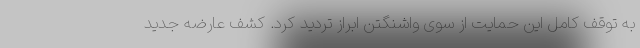
به توقف کامل این حمایت از سوی واشنگتن ابراز تردید کرد. کشف عارضه جدید